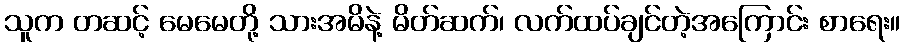
သူက တဆင့် မေမေတို့ သားအမိနဲ့ မိတ်ဆက်၊ လက်ထပ်ချင်တဲ့အကြောင်း စာရေး။